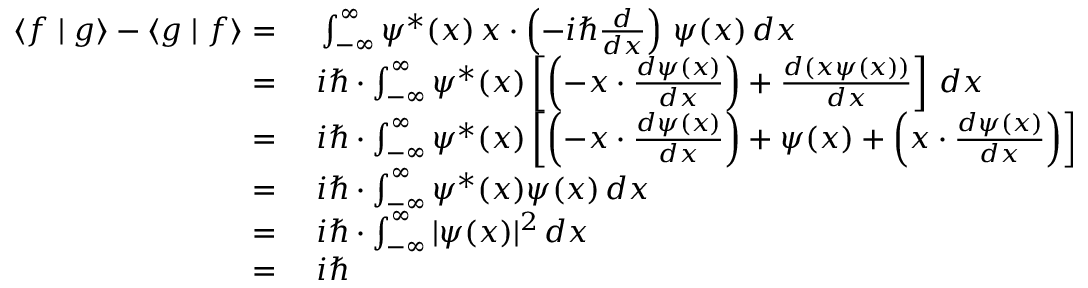
\begin{array} { r l } { \langle f \mid g \rangle - \langle g \mid f \rangle = { } } & { { } \int _ { - \infty } ^ { \infty } \psi ^ { * } ( x ) \, x \cdot \left( - i \hbar { \frac { d } { d x } } \right) \, \psi ( x ) \, d x } \\ { = { } } & { { } i \hbar \cdot \int _ { - \infty } ^ { \infty } \psi ^ { * } ( x ) \left[ \left( - x \cdot { \frac { d \psi ( x ) } { d x } } \right) + { \frac { d ( x \psi ( x ) ) } { d x } } \right] \, d x } \\ { = { } } & { { } i \hbar \cdot \int _ { - \infty } ^ { \infty } \psi ^ { * } ( x ) \left[ \left( - x \cdot { \frac { d \psi ( x ) } { d x } } \right) + \psi ( x ) + \left( x \cdot { \frac { d \psi ( x ) } { d x } } \right) \right] \, d x } \\ { = { } } & { { } i \hbar \cdot \int _ { - \infty } ^ { \infty } \psi ^ { * } ( x ) \psi ( x ) \, d x } \\ { = { } } & { { } i \hbar \cdot \int _ { - \infty } ^ { \infty } | \psi ( x ) | ^ { 2 } \, d x } \\ { = { } } & { { } i \hbar } \end{array}